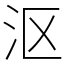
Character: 沤